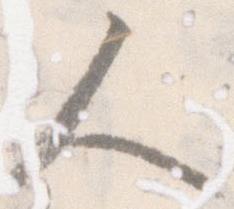
人